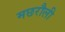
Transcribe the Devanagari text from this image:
मछरौली